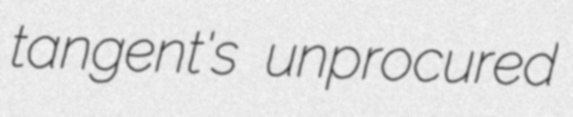
tangent's unprocured